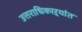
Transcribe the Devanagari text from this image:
उत्तराधिकाऱ्यांत